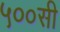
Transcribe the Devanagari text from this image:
५००सी